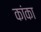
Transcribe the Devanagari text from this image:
कांका